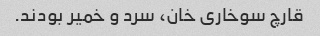
قارچ سوخاری خان، سرد و خمیر بودند.